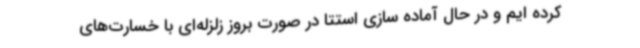
کرده ایم و در حال آماده سازی استتا در صورت بروز زلزله‌ای با خسارت‌های